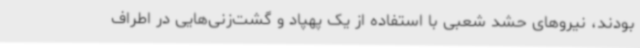
بودند، نیروهای حشد شعبی با استفاده از یک پهپاد و گشت‌زنی‌هایی در اطراف